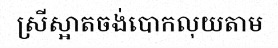
ស្រីស្អាតចង់បោកលុយតាម